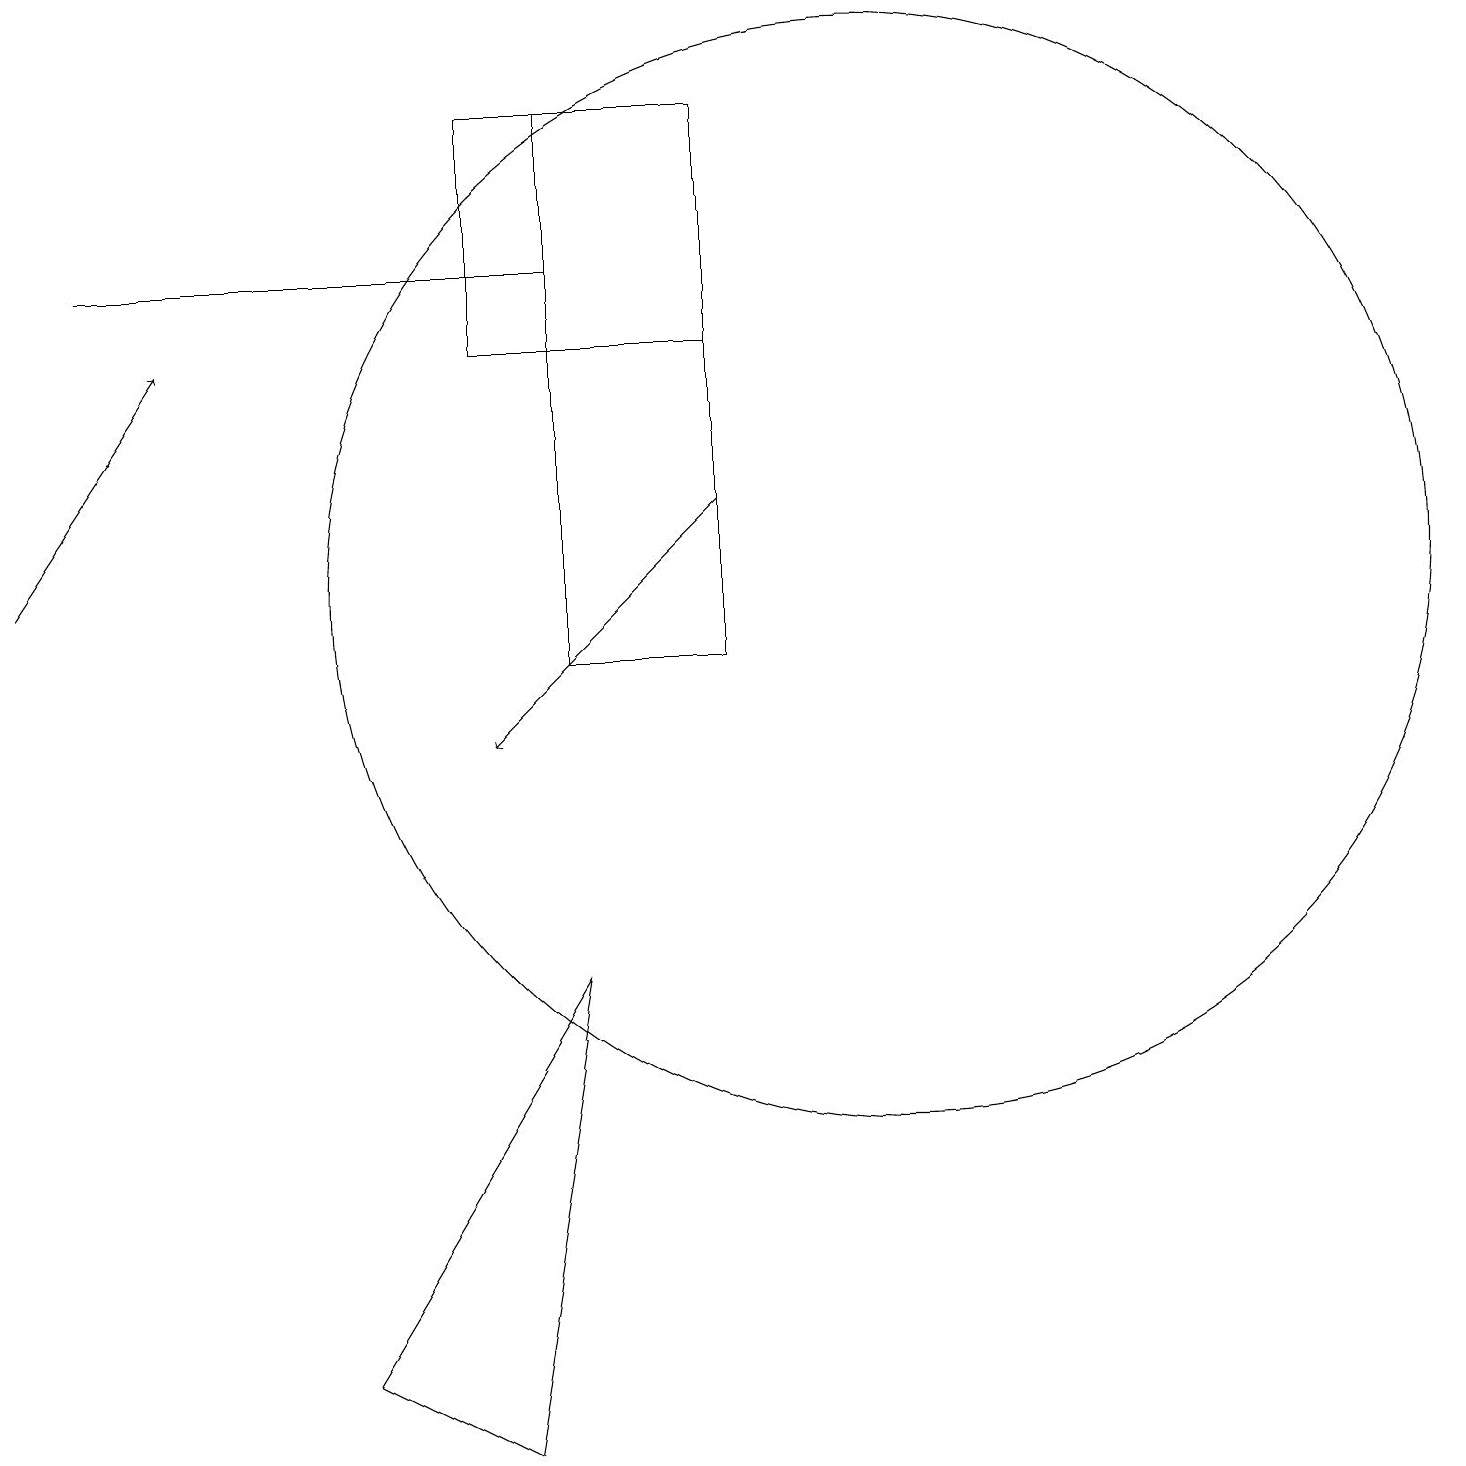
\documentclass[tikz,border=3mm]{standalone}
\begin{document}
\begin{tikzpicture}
\draw (7,11) rectangle (9,18);
\draw (11,12) circle (7);
\draw (6,15) rectangle (9,18);
\draw[->] (9,13) -- (6,10);
\draw[->] (0,12) -- (2,15);
\draw (6,1) -- (7,7) -- (4,2) -- cycle;
\draw (1,16) rectangle (7,16);
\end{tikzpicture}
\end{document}